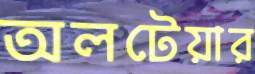
অলটেয়ার